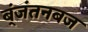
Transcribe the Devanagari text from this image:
ब्ंजंतनबज